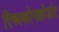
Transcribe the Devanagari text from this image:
रिच्स्कोनकोर्डाट